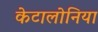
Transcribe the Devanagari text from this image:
केटालोनिया